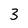
Character: 3